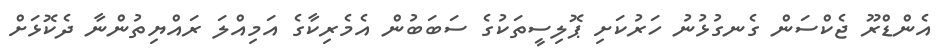
އެންޑްރޫ ޖެކްސަން ގެނގުޅުނު ހަރުކަށި ޕޮލިސީތަކުގެ ސަބަބުން އެމެރިކާގެ އަމިއްލަ ރައްޔިތުންނާ ދެކޮޅަށް